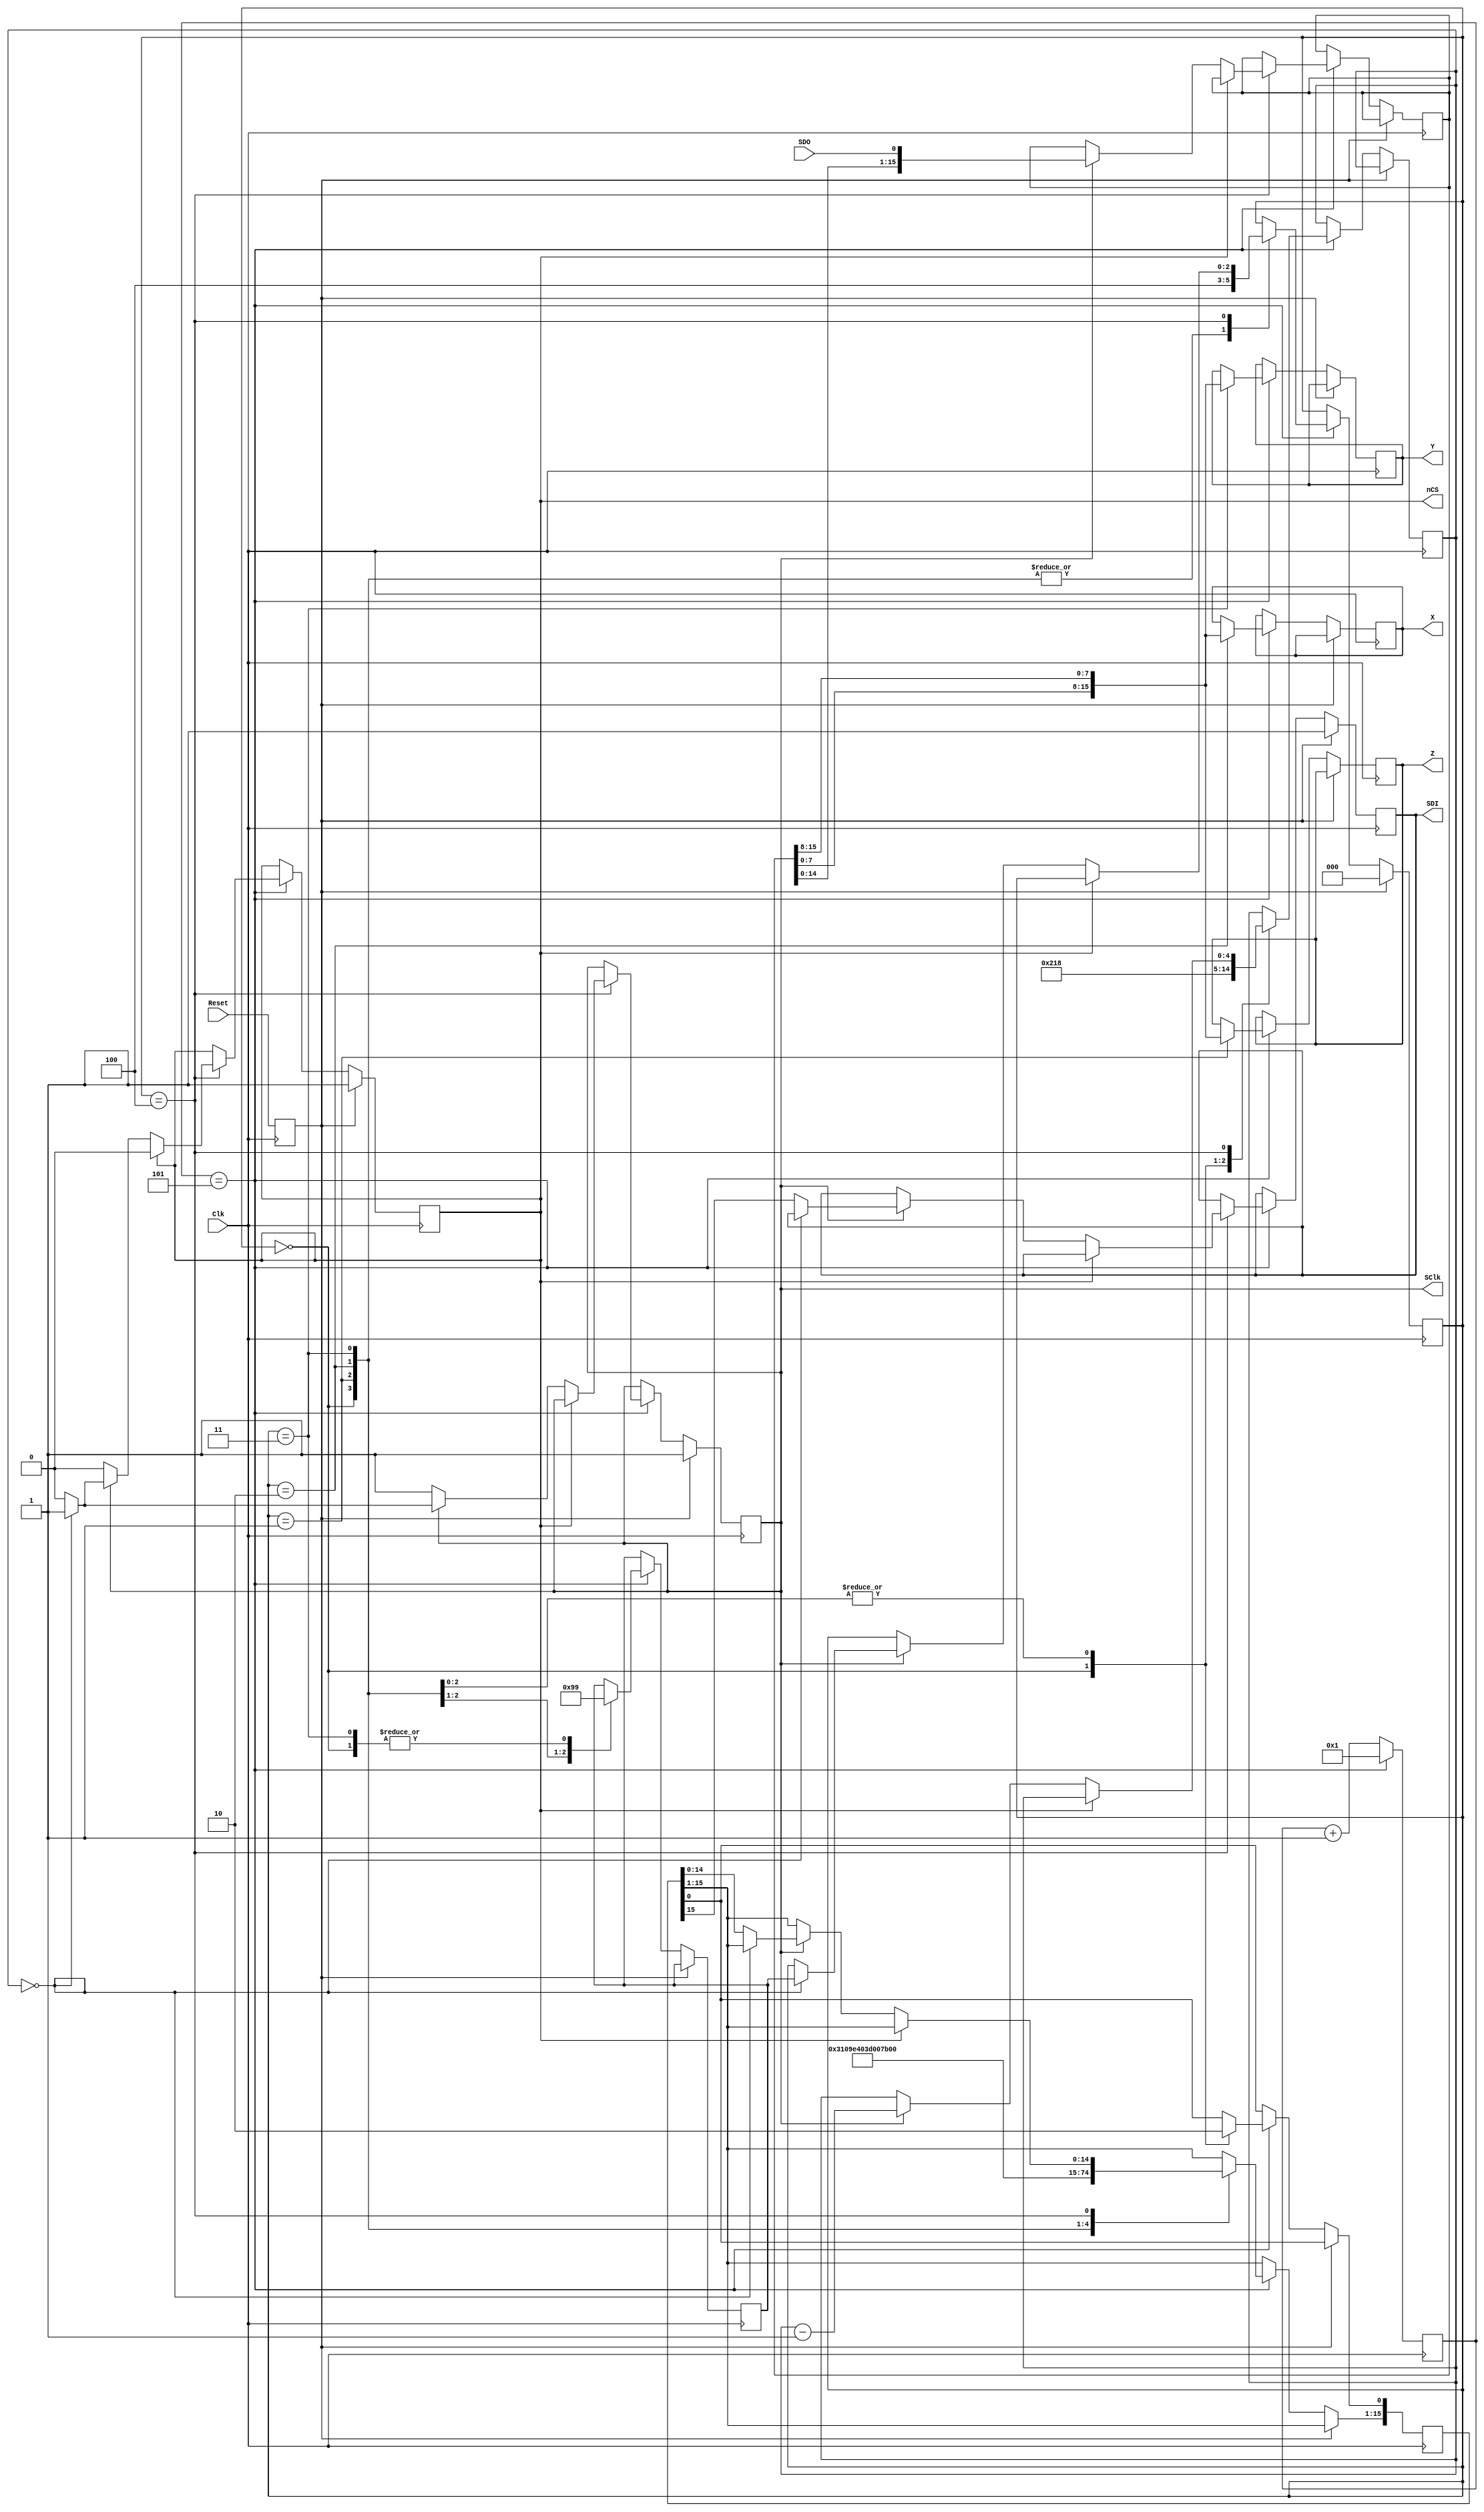
//==============================================================================
// Copyright (C) John-Philip Taylor
// jpt13653903@gmail.com
//
// This file is part of a library
//
// This file is free software: you can redistribute it and/or modify
// it under the terms of the GNU General Public License as published by
// the Free Software Foundation, either version 3 of the License, or
// (at your option) any later version.
//
// This program is distributed in the hope that it will be useful,
// but WITHOUT ANY WARRANTY; without even the implied warranty of
// MERCHANTABILITY or FITNESS FOR A PARTICULAR PURPOSE.  See the
// GNU General Public License for more details.
//
// You should have received a copy of the GNU General Public License
// along with this program.  If not, see <http://www.gnu.org/licenses/>
//==============================================================================

module ADXL345 #(
 parameter Clock_Div = 5 // 5 MHz SClk on a 50 MHz Clk
)(
 input Clk, Reset,

 // 2's Complement Output
 output reg [15:0]X,
 output reg [15:0]Y,
 output reg [15:0]Z,

 // Physical device interface
 output reg nCS, SClk, SDI,
 input      SDO
);
//------------------------------------------------------------------------------

 reg      Local_Reset;
 reg [3:0]Clock_Count  = 0;
 wire     Clock_Enable = (Clock_Count == Clock_Div);
//------------------------------------------------------------------------------

 reg [ 4:0]Count;
 reg [15:0]WriteData; // R/W, MB, Address, Byte
 reg [15:0]ReadData;  // 2 Bytes
//------------------------------------------------------------------------------

 reg [2:0]State;
 reg [2:0]RetState; // Used for function calls

 localparam Setup       = 3'd0;
 localparam ReadX       = 3'd1;
 localparam ReadY       = 3'd2;
 localparam ReadZ       = 3'd3;
 localparam Transaction = 3'd4;
//------------------------------------------------------------------------------

 always @(posedge Clk) begin
  Local_Reset <= Reset;

  if(Clock_Enable) Clock_Count <= 4'd1;
  else             Clock_Count <= Clock_Count + 1'b1;

  if(Local_Reset) begin
   nCS   <= 1'b1;
   SClk  <= 1'b1;
   SDI   <= 1'b1;
   State <= Setup;
//------------------------------------------------------------------------------

  end else if(Clock_Enable) begin
   case(State)
    Setup: begin
     // SPI 4-wire; Full-res; Right-justify; 4g Range
     WriteData <= {2'b00, 6'h31, 8'b0000_1001};
     Count     <= 5'd16;
     State     <= Transaction;
     RetState  <= ReadX;
    end
//------------------------------------------------------------------------------

    ReadX: begin
     Z         <= {ReadData[7:0], ReadData[15:8]};
     WriteData <= {2'b11, 6'h32, 8'd0};
     Count     <= 5'd24;
     State     <= Transaction;
     RetState  <= ReadY;
    end
//------------------------------------------------------------------------------

    ReadY: begin
     X         <= {ReadData[7:0], ReadData[15:8]};
     WriteData <= {2'b11, 6'h34, 8'd0};
     Count     <= 5'd24;
     State     <= Transaction;
     RetState  <= ReadZ;
    end
//------------------------------------------------------------------------------

    ReadZ: begin
     Y         <= {ReadData[7:0], ReadData[15:8]};
     WriteData <= {2'b11, 6'h36, 8'd0};
     Count     <= 5'd24;
     State     <= Transaction;
     RetState  <= ReadX;
    end
//------------------------------------------------------------------------------

    Transaction: begin
     if(nCS) begin
      nCS <= 1'b0;

     end else begin
      if(SClk) begin
       if(Count == 0) begin
        nCS <= 1'b1; State <= RetState;
       end else begin
        SClk <= 1'b0;
        {SDI, WriteData[15:1]} <= WriteData;
       end
       Count    <= Count - 1'b1;
       ReadData <= {ReadData[14:0], SDO};

      end else begin
       SClk <= 1'b1;
      end
     end
    end
//------------------------------------------------------------------------------

    default:;
   endcase
  end
 end
endmodule
//------------------------------------------------------------------------------